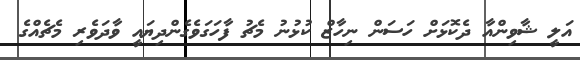
އަލީ ޝާވިންއާ ދެކޮޅަށް ހަސަން ނިހާޒް ކުޅުނު މެޗު ފާހަގަވެގެންދިޔައީ ވާދަވެރި މެޗެއްގެ